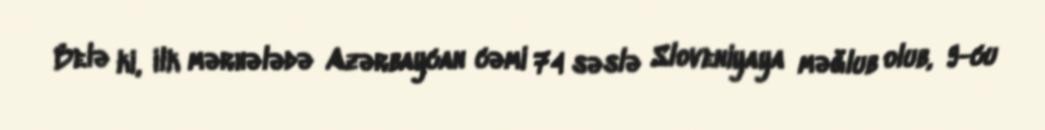
Belə ki, ilk mərhələdə Azərbaycan cəmi 74 səslə Sloveniyaya məğlub olub, 9-cu